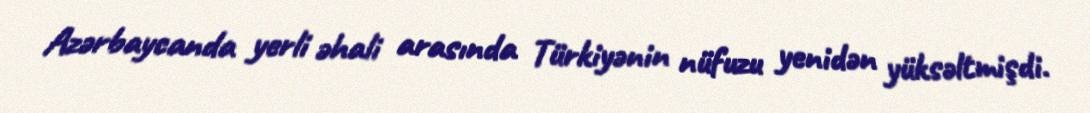
Azərbaycanda yerli əhali arasında Türkiyənin nüfuzu yenidən yüksəltmişdi.